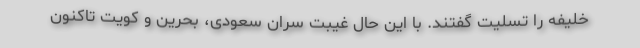
خلیفه را تسلیت گفتند. با این حال غیبت سران سعودی، بحرین و کویت تاکنون